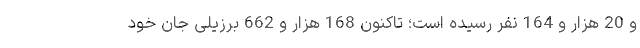
و 20 هزار و 164 نفر رسیده است؛ تاکنون 168 هزار و 662 برزیلی جان خود